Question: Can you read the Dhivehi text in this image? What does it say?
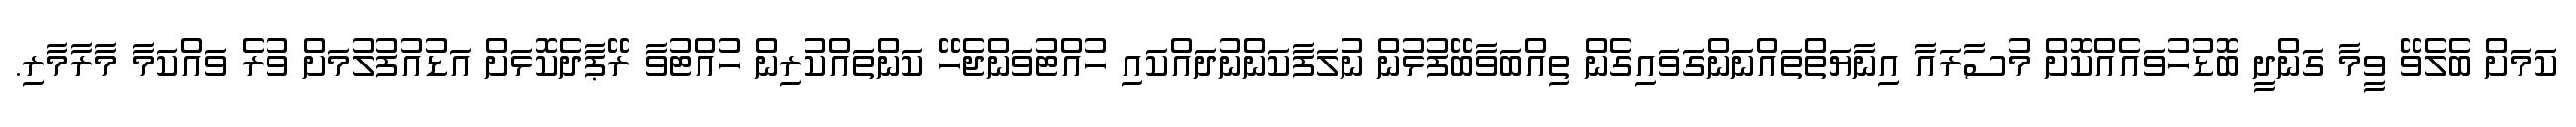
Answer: ކަމަށް ބެލެވޭ ވީމާ ގަންދީ ބޮޑުހުވައެއްކޮށް މުސާރައާ އިނާޔަތްތައްނަންގަވައިގެން ތިއްބަވާބޭފުޅުން ނުލަފާކަންނުދައްކައި ހުއްޓުވަންޖެހޭ ކަންތައްކުރިން ހުއްޓުވާ ރޭޕާދެކޮޅަށް އަޑުއުފުލުމަށް ވުރެ ވައްކަމާ މާރާމާރި.